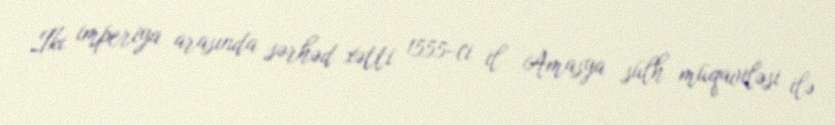
İki imperiya arasında sərhəd xətti 1555-ci il Amasya sülh müqaviləsi ilə